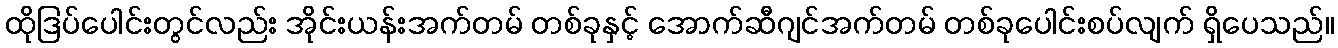
ထိုဒြပ်ပေါင်းတွင်လည်း အိုင်းယန်းအက်တမ် တစ်ခုနှင့် အောက်ဆီဂျင်အက်တမ် တစ်ခုပေါင်းစပ်လျက် ရှိပေသည်။